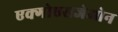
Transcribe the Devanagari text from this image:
एक्गोएसजेओन